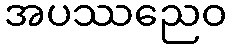
အပဿညေဝ